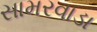
સામરવાડા